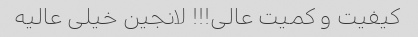
کیفیت و کمیت عالی!!! لانجین خیلی عالیه